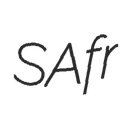
SAfr